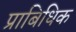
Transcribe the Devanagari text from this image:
प्राबिधिक